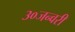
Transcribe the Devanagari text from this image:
३०जन्वरी